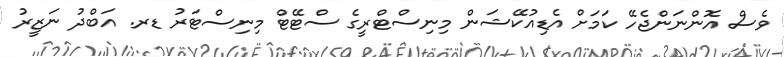
ވެސް އޮންނަންޖެހޭ ކަމަށް އެޑިއުކޭޝަން މިނިސްޓްރީގެ ސްޓޭޓް މިނިސްޓަރު ޑރ. އަބްދު ނަޒީރު